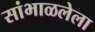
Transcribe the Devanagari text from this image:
सांभाळलेला